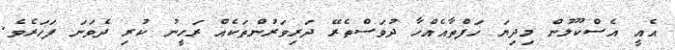
އެއީ އެސްކޫލުން މިދިޔަ ހަފްތާއެއްހާ ދުވަސްތެރޭ ދަރިވަރުންތަކެއް ރަހީނު ކުރި ދެވަނަ ފަހަރެވެ.